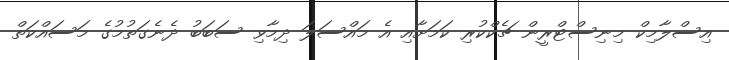
އިސްލާމިކް މިނިސްޓްރީން ޗެކްކުރި ކަމަށާއި އެ މައްސަލަ ދިމާވި ސަބަބު ދެނެގަތުމުގެ މަސައްކަތް